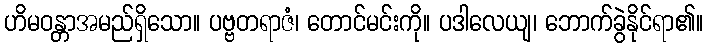
ဟိမဝန္တာအမည်ရှိသော။ ပဗ္ဗတရာဇံ၊ တောင်မင်းကို။ ပဒါလေယျ၊ ဘောက်ခွဲနိုင်ရာ၏။